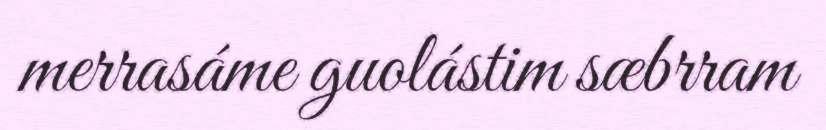
merrasáme guolástim sæbrram